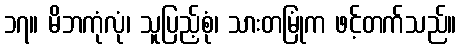
၁၇။ မိဘကုံလုံ၊ သူပြည့်စုံ၊ သားတမြုံက ဖင့်တက်သည်။